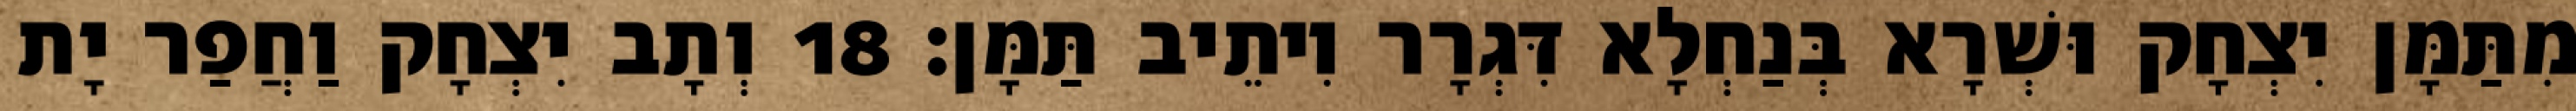
מִתַּמָּן יִצְחָק וּשְׁרָא בְּנַחְלָא דִּגְרָר וִיתֵיב תַּמָּן׃ 18 וְתָב יִצְחָק וַחֲפַר יָת